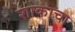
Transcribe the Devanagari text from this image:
शाकाचा